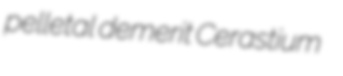
pelletal demerit Cerastium